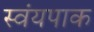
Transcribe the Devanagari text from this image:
स्वंयपाक